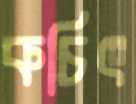
কচিৎ